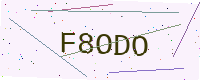
Text: F8ODO